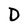
Character: D